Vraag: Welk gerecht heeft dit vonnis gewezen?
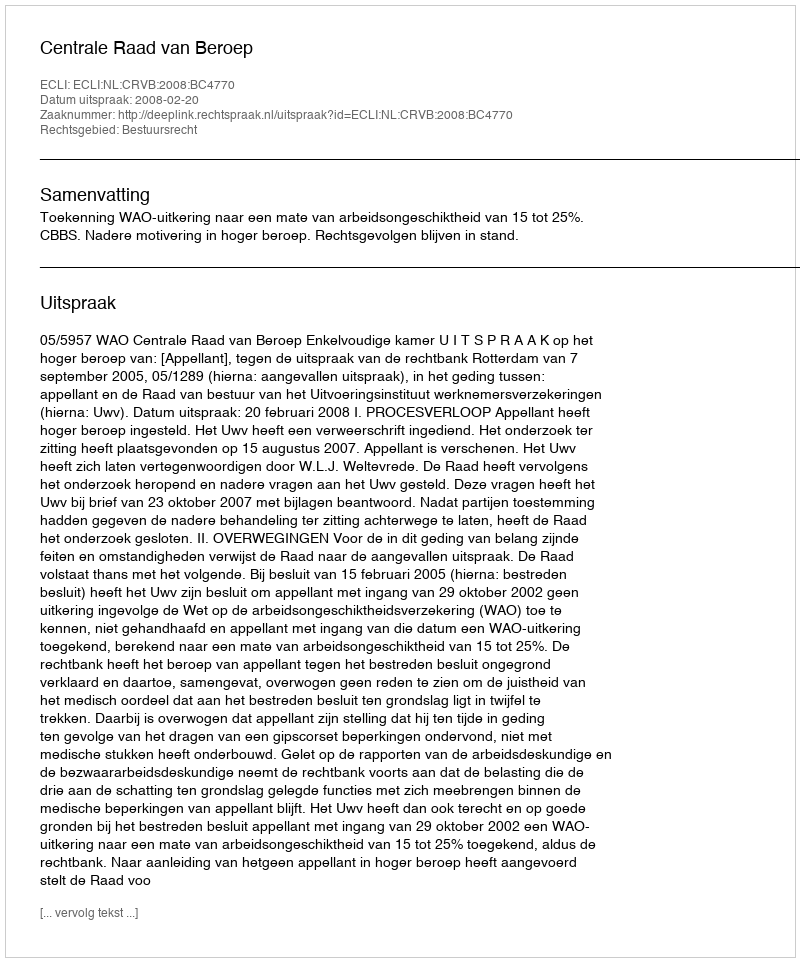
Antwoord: Centrale Raad van Beroep